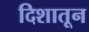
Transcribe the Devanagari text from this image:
दिशातून